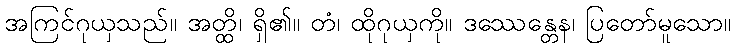
အကြင်ဂုယှသည်။ အတ္ထိ၊ ရှိ၏။ တံ၊ ထိုဂုယှကို။ ဒဿေန္တေန၊ ပြတော်မူသော။